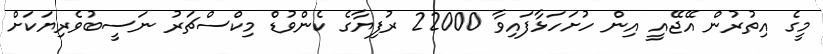
މީގެ އިތުރުން އޭޖޭއީ އިން ހުށަހަޅާފައިވާ 22000 ރުފިޔާގެ ކެންވުޑް މިކްސްޗަރު ނަސީބުވެރިޔަކަށް